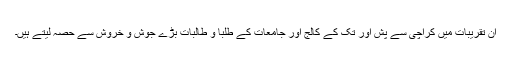
ان تقریبات میں کراچی سے پش اور تک کے کالج اور جامعات کے طلبا و طالبات بڑے جوش و خروش سے حصہ لیتے ہیں۔